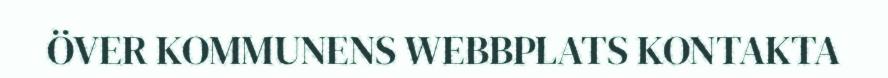
ÖVER KOMMUNENS WEBBPLATS KONTAKTA